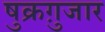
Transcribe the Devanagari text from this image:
षुक्रग़ुजार